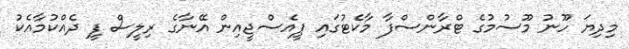
މިދިޔަ ހޫނު މޫސުމުގެ ޓްރާންސްފާ މާކެޓުގައި ޕީއެސްޖީއިން އޭނާގެ ރިލީސް ފީ ދެއްކުމާއެކު